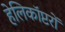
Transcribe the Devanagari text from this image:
हेलिकाॅप्टरों